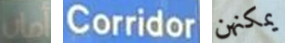
أمان Corridor يمكنهن